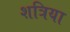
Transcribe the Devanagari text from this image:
शत्रिया